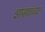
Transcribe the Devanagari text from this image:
झाड्यांच्या